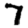
Digit: 7